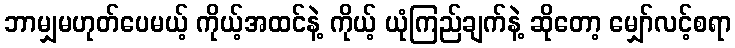
ဘာမျှမဟုတ်ပေမယ့် ကိုယ့်အထင်နဲ့ ကိုယ့် ယုံကြည်ချက်နဲ့ ဆိုတော့ မျှော်လင့်စရာ